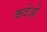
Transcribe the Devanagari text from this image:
कदेओ